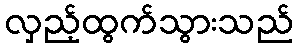
လှည့်ထွက်သွားသည်